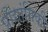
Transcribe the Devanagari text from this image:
प्रौद्यांगिकी